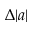
\Delta \lvert a \rvert